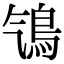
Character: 𩾻